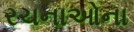
રચનાઓના